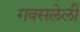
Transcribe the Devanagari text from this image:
गवसलेली